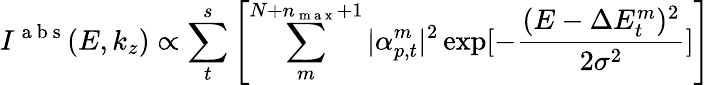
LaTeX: I^{\mathrm{~a~b~s~}}(E,k_{z})\propto\sum_{t}^{s}\left[\sum_{m}^{N+n_{\mathrm{~m~a~x~}}+1}|\alpha_{p,t}^{m}|^{2}\exp[-\frac{(E-\Delta E_{t}^{m})^{2}}{2\sigma^{2}}]\right]